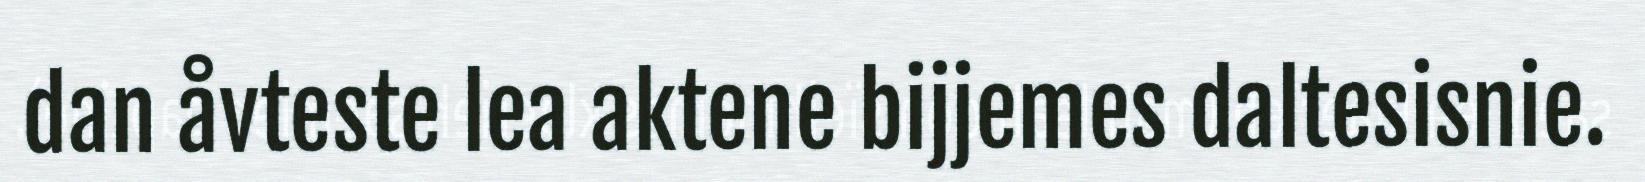
dan åvteste lea aktene bijjemes daltesisnie.